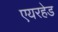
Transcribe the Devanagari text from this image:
एयरहेड